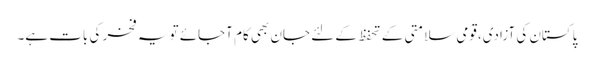
پاکستان کی آزادی،قومی سلامتی کے تحفظ کے لئے جان بھی کام آجائے تو یہ فخر کی بات ہے۔